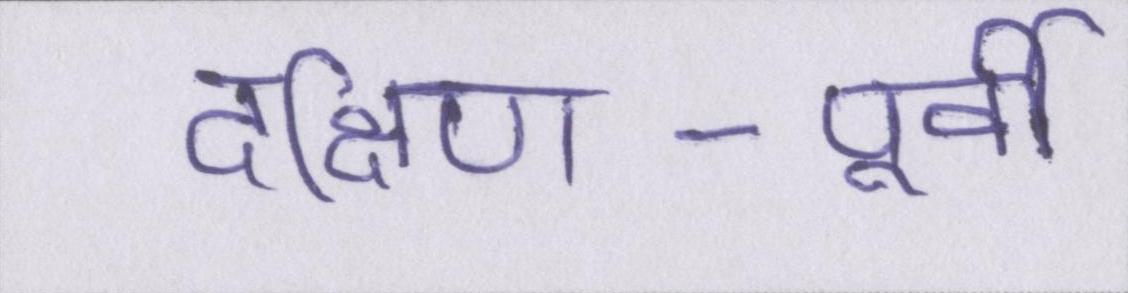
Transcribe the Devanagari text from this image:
दक्षिण-पूर्वी